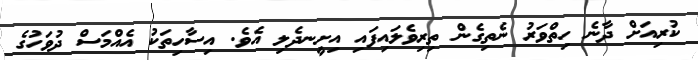
ކުރިއަށް ދާނެ ހިތްވަރު ނެތިގެން ތިރިވެލައިފައި އިށީނދެލި އެވެ. އިސާހިތަކު އެއްމަސް ދުވަހުގެ